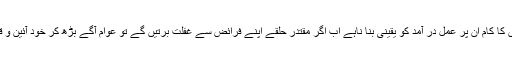
عدلیہ کا کام غیر جانبدار فیصلے کرنا ہے اور مقتدر اداروں کا کام ان پر عمل در آمد کو یقینی بنا ناہے اب اگر مقتدر حلقے اپنے فرائض سے غفلت برتیں گے تو عوام آگے بڑھ کر خود آئین و قانون اور فیصلوں کی حفاظت کیلئے سربکف نکل آئیں گے۔